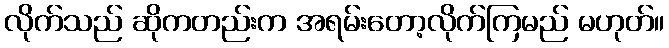
လိုက်သည် ဆိုကတည်းက အရမ်းတော့လိုက်ကြမည် မဟုတ်။